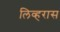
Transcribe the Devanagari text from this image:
लिव्हरास